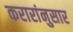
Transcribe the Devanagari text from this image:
करारांनुसार